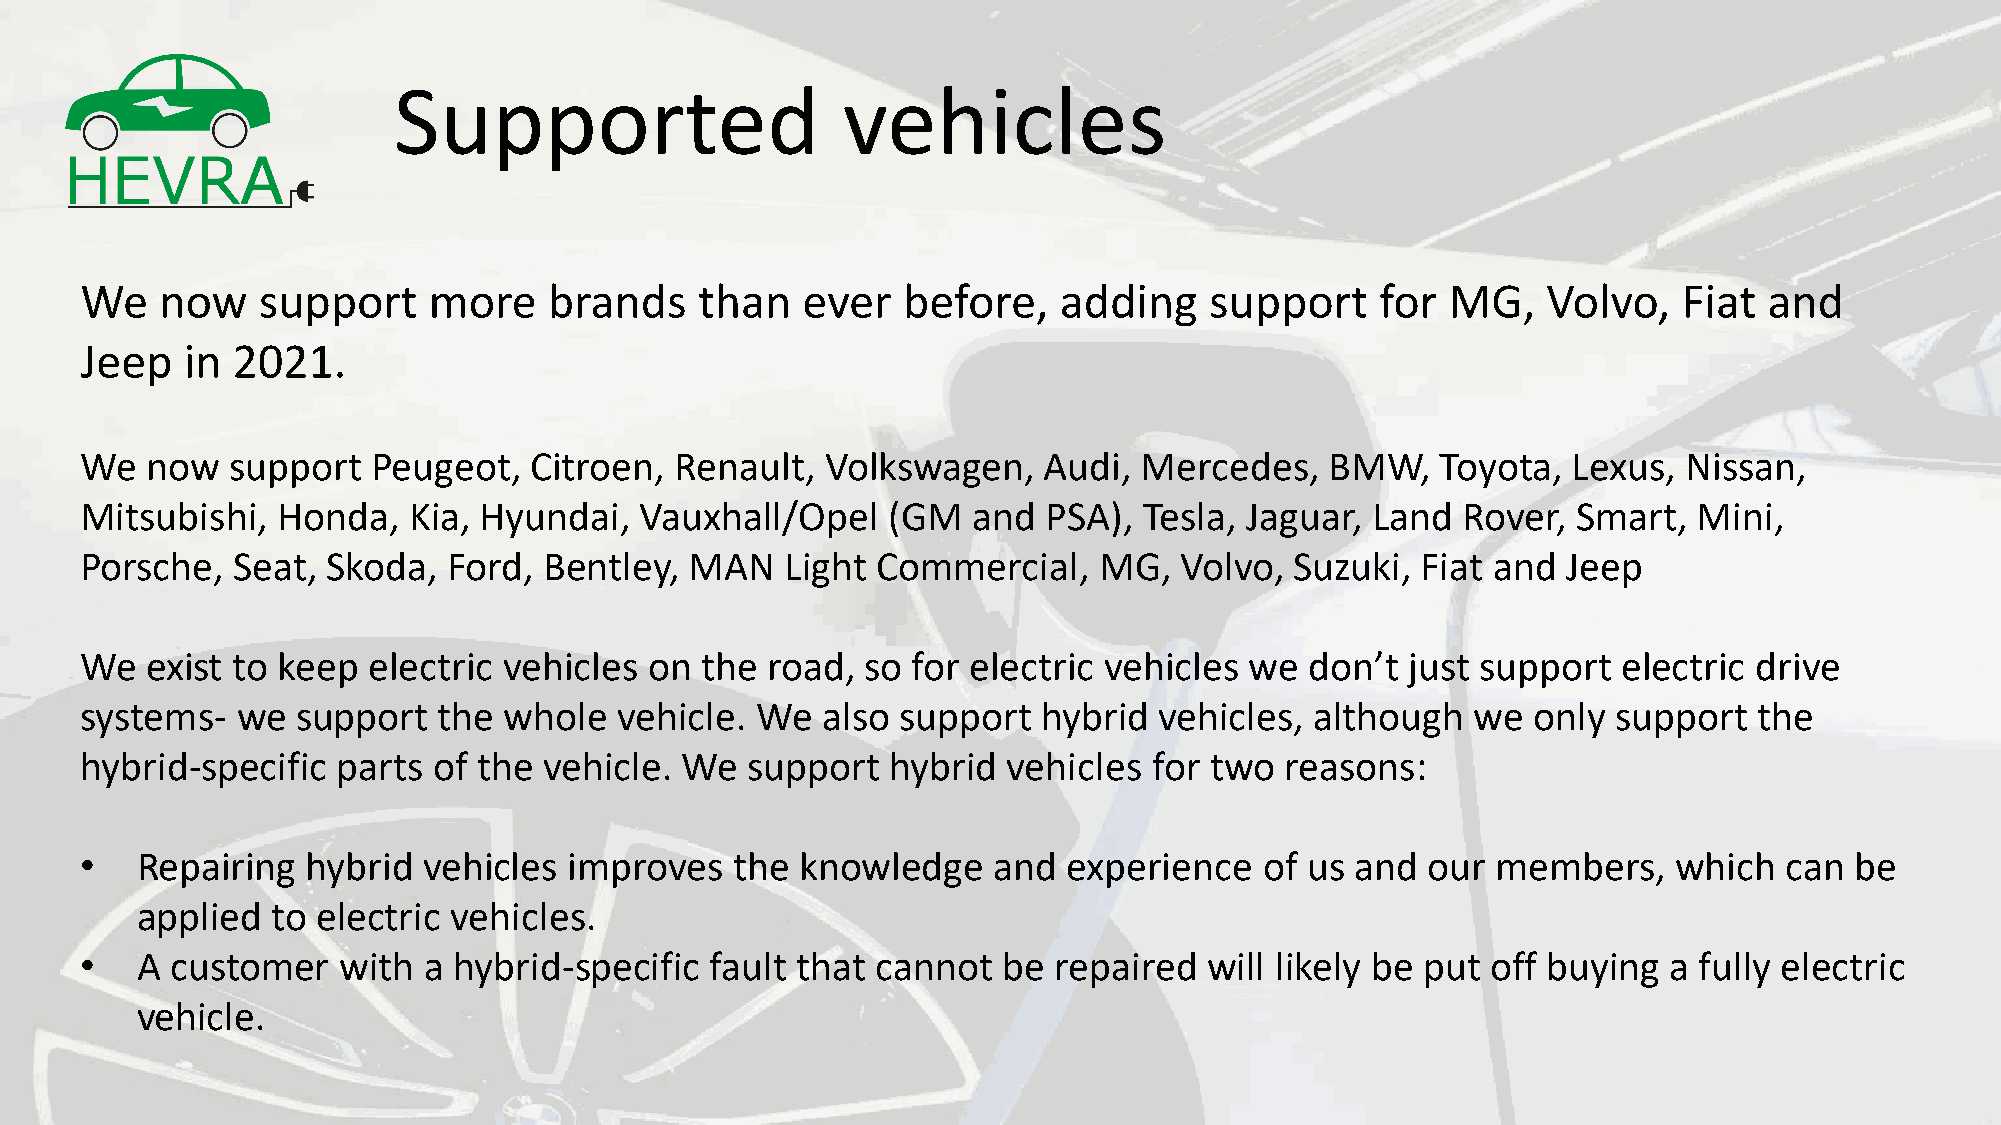
Supported                     vehicles
 We    now   support    more    brands    than   ever   before,   adding    support    for  MG,   Volvo,   Fiat  and
 Jeep   in 2021.
 We   now  support   Peugeot,  Citroen,  Renault,  Volkswagen,   Audi,  Mercedes,   BMW,   Toyota,  Lexus,  Nissan,
 Mitsubishi,  Honda,   Kia, Hyundai,  Vauxhall/Opel    (GM  and  PSA),  Tesla, Jaguar, Land  Rover, Smart,  Mini,
 Porsche,  Seat,  Skoda,  Ford, Bentley,  MAN   Light Commercial,    MG,  Volvo,  Suzuki, Fiat and  Jeep
 We   exist to keep electric vehicles  on the  road, so for electric vehicles  we  don’t just support  electric drive
 systems-   we  support  the whole   vehicle. We  also  support  hybrid  vehicles, although   we only  support  the
 hybrid-specific  parts  of the vehicle. We  support   hybrid  vehicles for two  reasons:
 •   Repairing  hybrid  vehicles  improves   the knowledge    and  experience   of us and our  members,    which  can  be
 applied  to electric vehicles.
 •   A customer   with  a hybrid-specific  fault that cannot  be  repaired  will likely be put off buying a fully electric
 vehicle.